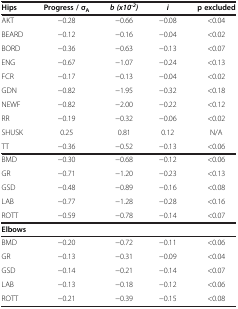
<table><thead><tr><td><b>Hips</b></td><td><b>Progress / σ<sub>A</sub></b></td><td><b><i>b (x10</i><sup><i>-2</i></sup><i>)</i></b></td><td><b><i>i</i></b></td><td><b>p excluded</b></td></tr></thead><tbody><tr><td>AKT</td><td>−0.28</td><td>−0.66</td><td>−0.08</td><td>&lt;0.04</td></tr><tr><td>BEARD</td><td>−0.12</td><td>−0.16</td><td>−0.04</td><td>&lt;0.02</td></tr><tr><td>BORD</td><td>−0.36</td><td>−0.63</td><td>−0.13</td><td>&lt;0.07</td></tr><tr><td>ENG</td><td>−0.67</td><td>−1.07</td><td>−0.24</td><td>&lt;0.13</td></tr><tr><td>FCR</td><td>−0.17</td><td>−0.13</td><td>−0.04</td><td>&lt;0.02</td></tr><tr><td>GDN</td><td>−0.82</td><td>−1.95</td><td>−0.32</td><td>&lt;0.18</td></tr><tr><td>NEWF</td><td>−0.82</td><td>−2.00</td><td>−0.22</td><td>&lt;0.12</td></tr><tr><td>RR</td><td>−0.19</td><td>−0.32</td><td>−0.06</td><td>&lt;0.02</td></tr><tr><td>SHUSK</td><td>0.25</td><td>0.81</td><td>0.12</td><td>N/A</td></tr><tr><td>TT</td><td>−0.36</td><td>−0.52</td><td>−0.13</td><td>&lt;0.06</td></tr><tr><td>BMD</td><td>−0.30</td><td>−0.68</td><td>−0.12</td><td>&lt;0.06</td></tr><tr><td>GR</td><td>−0.71</td><td>−1.20</td><td>−0.23</td><td>&lt;0.13</td></tr><tr><td>GSD</td><td>−0.48</td><td>−0.89</td><td>−0.16</td><td>&lt;0.08</td></tr><tr><td>LAB</td><td>−0.77</td><td>−1.28</td><td>−0.28</td><td>&lt;0.16</td></tr><tr><td>ROTT</td><td>−0.59</td><td>−0.78</td><td>−0.14</td><td>&lt;0.07</td></tr><tr><td colspan="5"><b>Elbows</b></td></tr><tr><td>BMD</td><td>−0.20</td><td>−0.72</td><td>−0.11</td><td>&lt;0.06</td></tr><tr><td>GR</td><td>−0.13</td><td>−0.31</td><td>−0.09</td><td>&lt;0.04</td></tr><tr><td>GSD</td><td>−0.14</td><td>−0.21</td><td>−0.14</td><td>&lt;0.07</td></tr><tr><td>LAB</td><td>−0.13</td><td>−0.18</td><td>−0.12</td><td>&lt;0.06</td></tr><tr><td>ROTT</td><td>−0.21</td><td>−0.39</td><td>−0.15</td><td>&lt;0.08</td></tr></tbody></table>